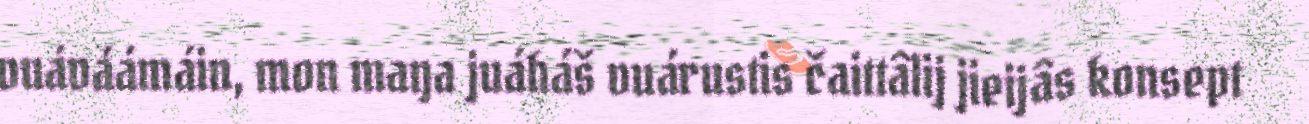
vuáváámáin, mon maŋa juáháš vuárustis čaittâlij jieijâs konsept